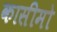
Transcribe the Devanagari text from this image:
कासीमो